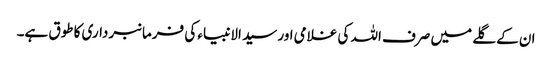
ان کے گلے میں صرف اللہ کی غلامی اور سید الانبیاء کی فرمانبرداری کا طوق ہے۔